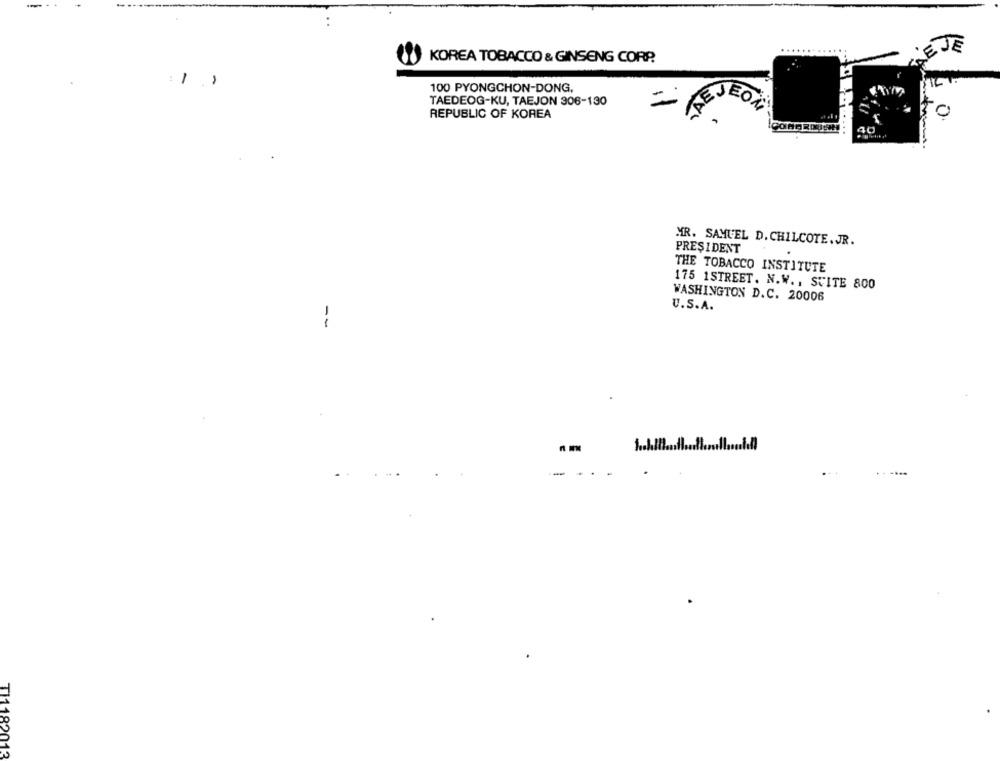
..........
EJE
KOREA TOBACCO & GINSENG CORP.
-
100 PYONGCHON-DONG,
TAEDEOG-KU, TAEJON 306-130
JEOL
REPUBLIC OF KOREA
0
MR. SAMUEL D. CHILCOTE. JR.
PRESIDENT
.
THE TOBACCO INSTITUTE
175 1STREET. N.W ., SUITE 800
WASHINGTON D.C. 20006
U.S.A.
--
----
TI1182
013